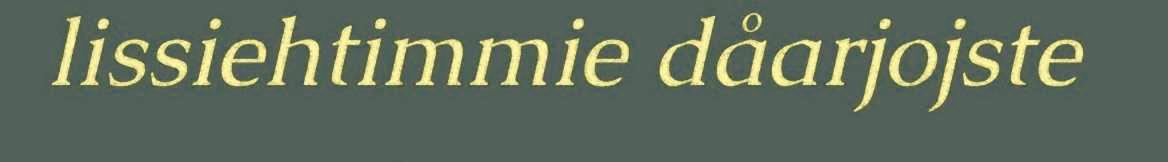
lissiehtimmie dåarjojste